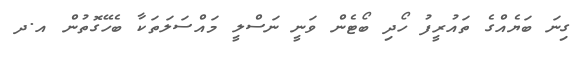
ގިނަ ބަޔެއްގެ ތައުރީފު ހޯދި ބޯޓެން ވަނީ ނަސްލީ މައްސަލަތަކާ ބެހޭގޮތުން އ.ދ